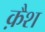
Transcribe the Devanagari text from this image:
क़ैश